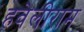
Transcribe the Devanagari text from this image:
हवेलीराम